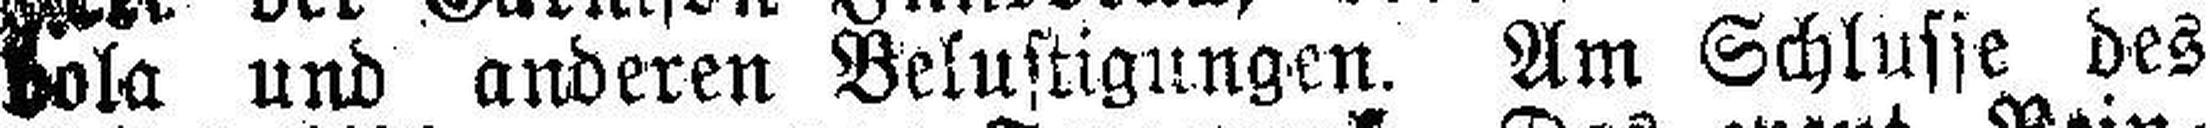
bola und anderen Belustigungen. Am Schlusse des